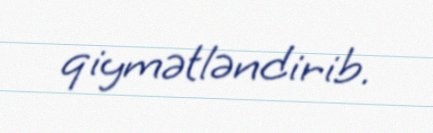
qiymətləndirib.